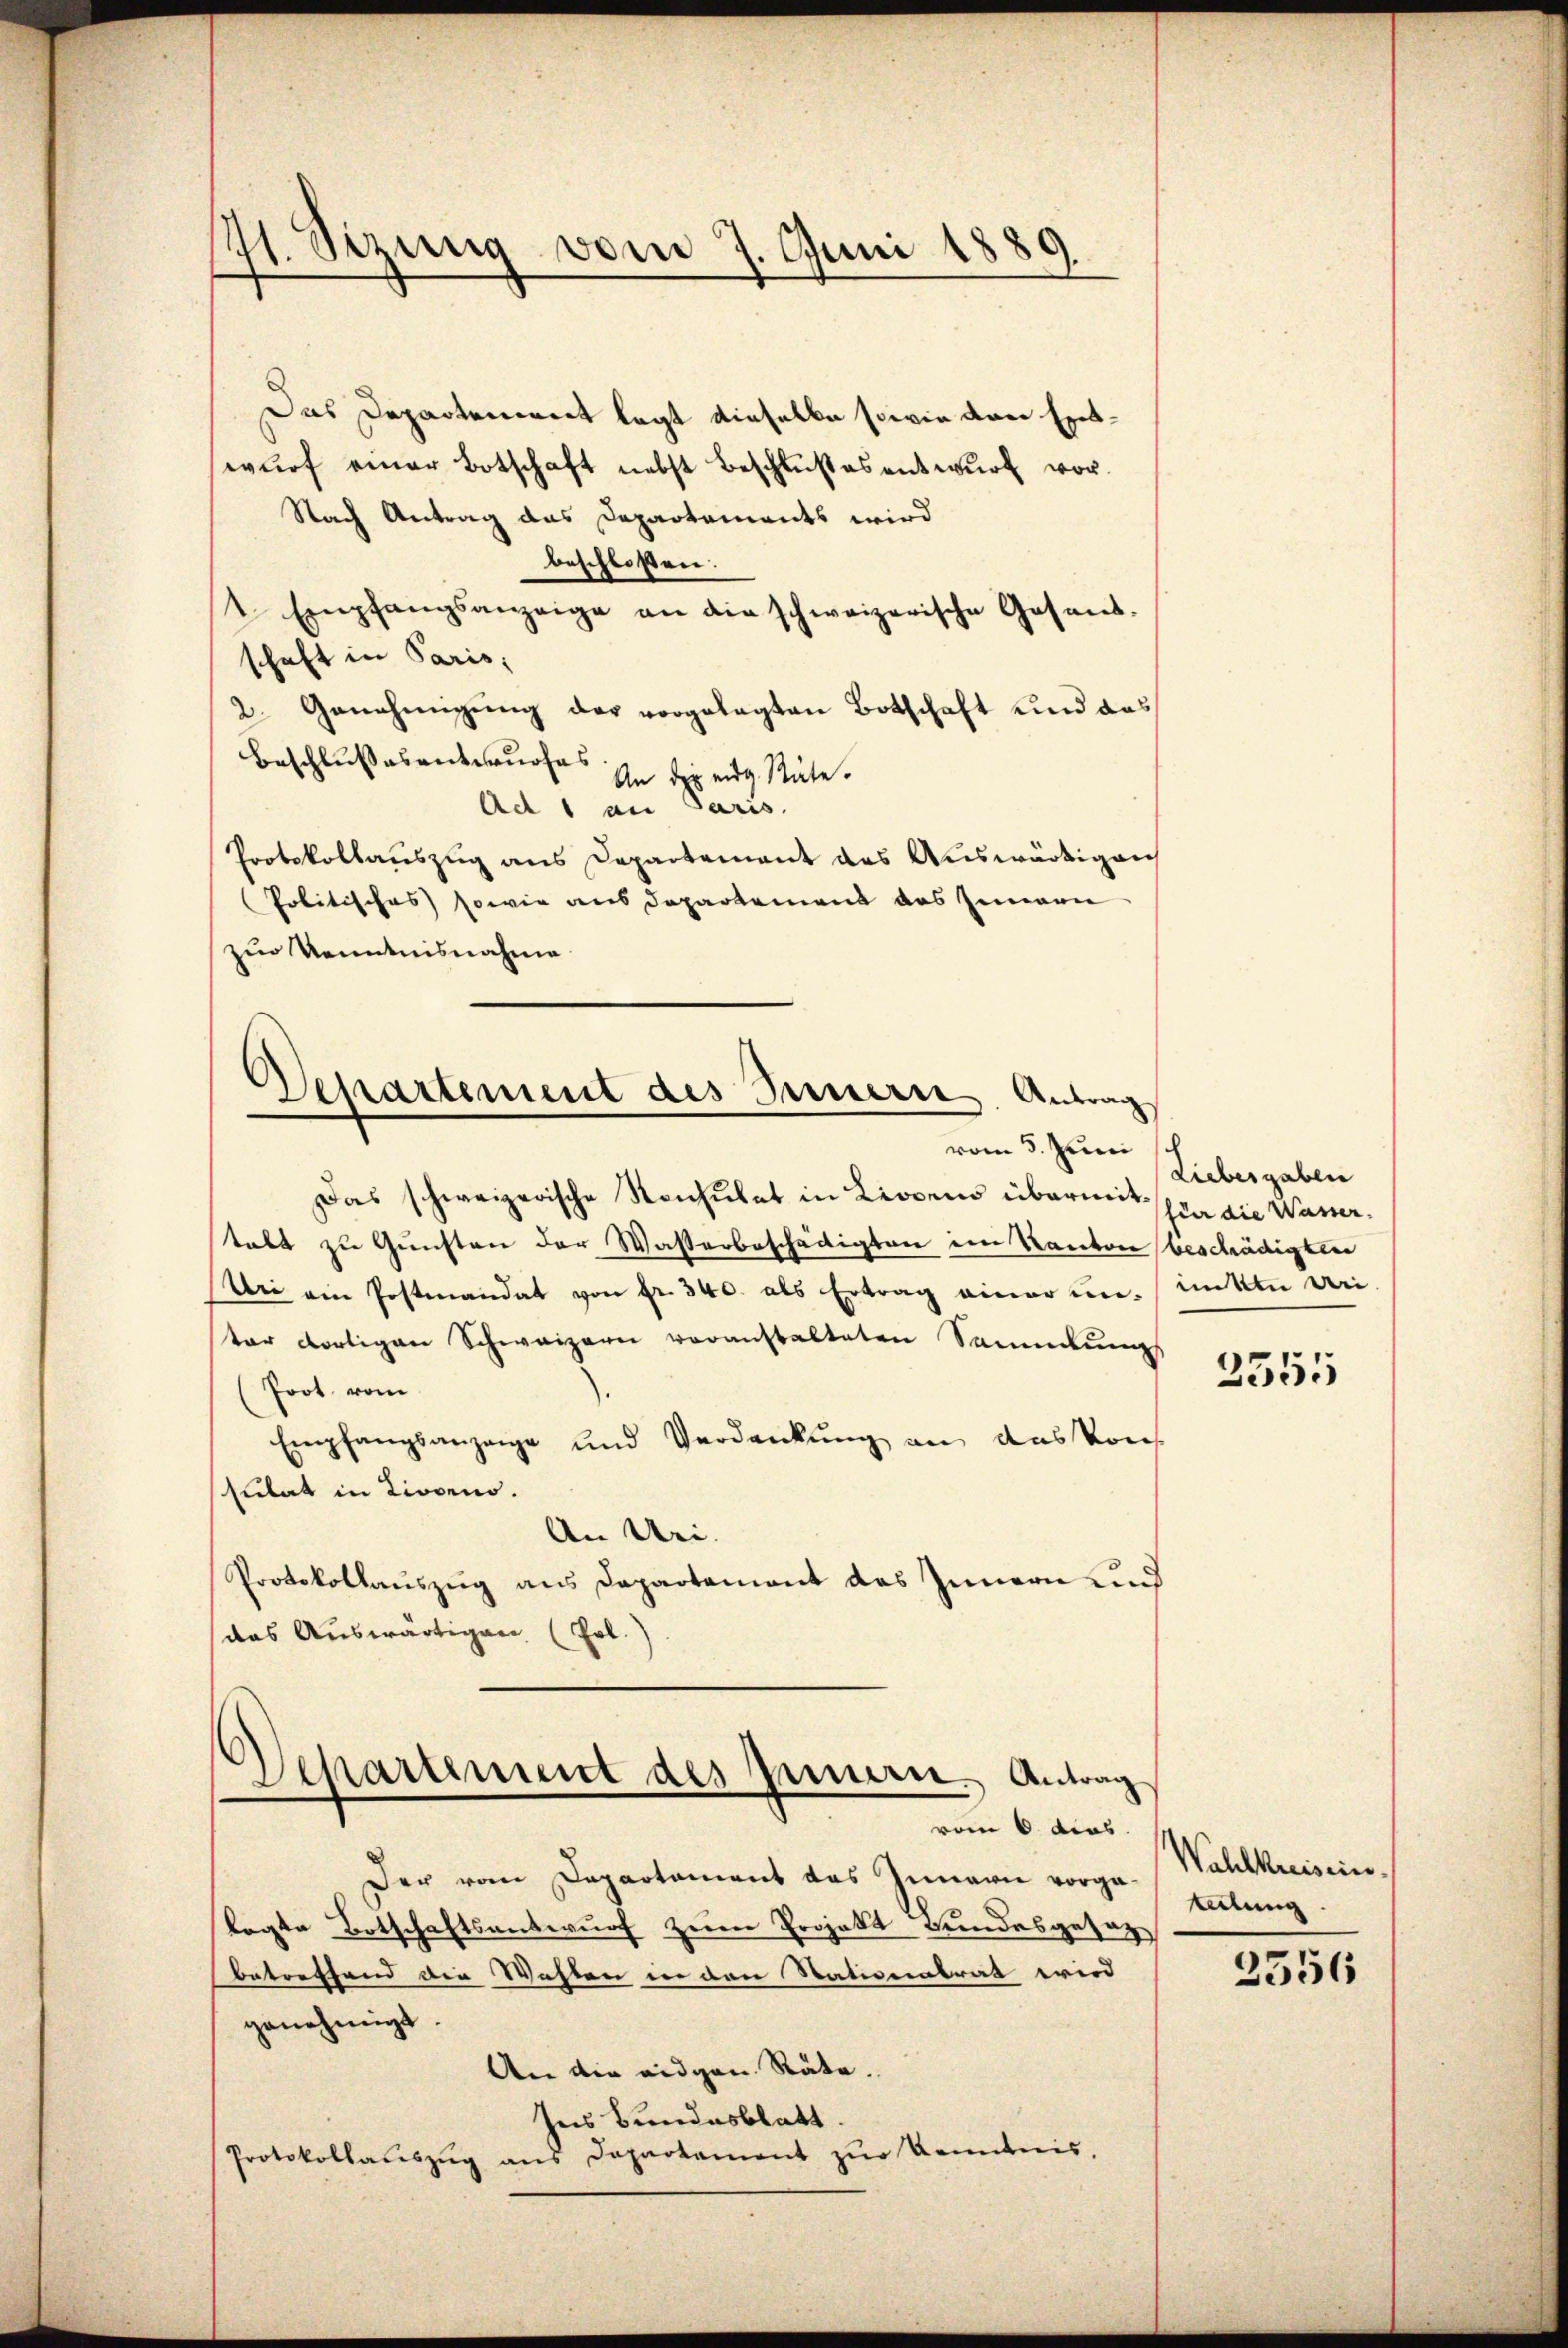
71. Sizung vom 7. Juni 1889.

Das Departenirent legt dieselbe sowie von Entwŭrf einer Botschaft nebst Beschlußes entwŭrf vor.
Nach Antrag das Departaments wird
beschloßen:
t. Empfangsanzeige an die schweizerische Gesand-
schaft in Paris;
2. Genehmigŭng der vorgelegten Botschaft und das
Beschlussesentwurfes
An der eidg. Räte.
Ad 1 an Paris.
Protokollauszug aus Departement das Auswärtigen
Politisches sowie aus Departement das Innern
zur Kenntnisnahme

Departement des Innern. Antrag
vom 5. Juni

Das schweizerische Konsulat in Liebens übermit sie die Wassertalt zu Gunsten der Wasterbeschädigten im Kanton beschädigten
Uri ein Postmandat von Fr. 340. als Ertrag einer ununkte weiter dortigen Schweizern voranstalteten Sammlungs
(Poot. vom
Empfangsanzeige und Verdankŭng an das Kons
sulat in Livorno.
An Uri.
Protokollauszug aus Departement das Innern und
das Auswärtigen (Frl.

Departement des Innern. Antrag
vom 6. dies

Der vom Departament das Innern vorga-
lagte Botschaftsantwurf zur Projekt Bundesgesez
betreffend die Wahlen in den Stationalrat wird
genehmigt.
An die eidgen. Räte.
Ins Bundesblatt.
Protokollaŭszŭg ans Departement zur Kenntnis,

Liebesgaben

2555

Wahlkreisein.
teilung.

2556